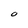
Character: O